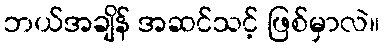
ဘယ်အချိန် အဆင်သင့် ဖြစ်မှာလဲ။